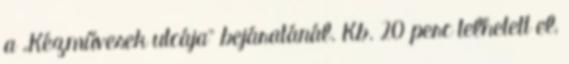
a „Kézművesek utcája” bejáratánál. Kb. 20 perc telhetett el,